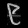
Digit: ၉